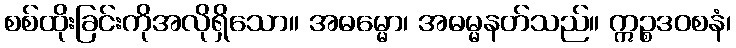
စစ်ထိုးခြင်းကိုအလိုရှိသော။ အဓမ္မော၊ အဓမ္မနတ်သည်။ ဣဉ္စဒဝစနံ၊